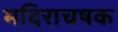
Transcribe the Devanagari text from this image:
मदिराचषक